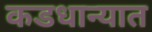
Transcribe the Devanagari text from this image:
कडधान्यात